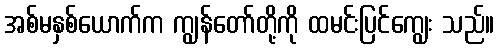
အစ်မနှစ်ယောက်က ကျွန်တော်တို့ကို ထမင်းပြင်ကျွေး သည်။